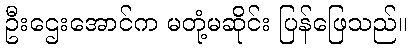
ဦးဌေးအောင်က မတုံ့မဆိုင်း ပြန်ဖြေသည်။